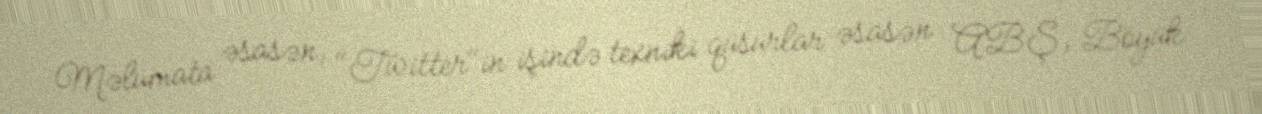
Məlumata əsasən, "Twitter"in işində texniki qüsurlar əsasən ABŞ, Böyük